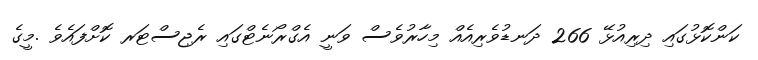
ކަންކޮޅުގައި ދިރިއުޅޭ 266 ދަނޑުވެރިއެއް މިހާރުވެސް ވަނީ އެގްރޯނެޓްގައި ރެޖިސްޓަރ ކޮށްފައެވެ .މީގެ